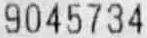
9045734